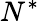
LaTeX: N^{\ast}